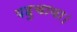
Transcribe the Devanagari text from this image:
पहुचाया।